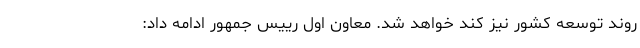
روند توسعه کشور نیز کُند خواهد شد. معاون اول رییس جمهور ادامه داد: